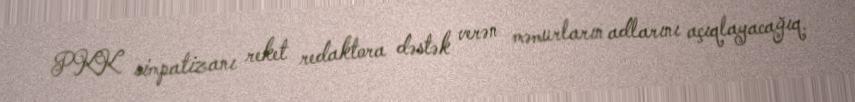
PKK simpatizanı reket redaktora dəstək verən məmurların adlarını açıqlayacağıq.